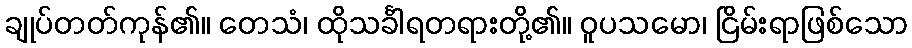
ချုပ်တတ်ကုန်၏။ တေသံ၊ ထိုသင်္ခါရတရားတို့၏။ ဝူပသမော၊ ငြိမ်းရာဖြစ်သော